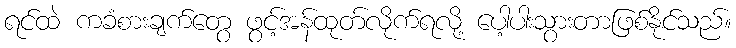
ရင်ထဲ ကခံစားချက်တွေ ဖွင့်အန်ထုတ်လိုက်ရလို့ ပေါ့ပါးသွားတာဖြစ်နိုင်သည်။